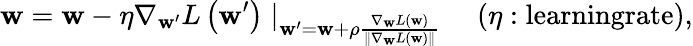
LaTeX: \mathbf{w}=\mathbf{w}-\eta\nabla_{\mathbf{w}^{\prime}}L\left(\mathbf{w}^{\prime}\right)\mid_{\mathbf{w}^{\prime}=\mathbf{w}+\rho\frac{\nabla_{\mathbf{w}}L(\mathbf{w})}{\left\| \nabla_{\mathbf{w}}L(\mathbf{w})\right\| }}\quad(\eta:\textrm{learningrate}),